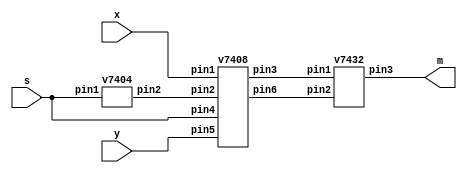
`timescale 1ns / 1ns

module mux2to1 (x, y, s, m);
input x;
input y;
input s;
output m;

wire W1;
wire W2;
wire W3;

v7408 U1 (
.pin1(x),
.pin2(W3),
.pin3(W1),
.pin4(s),
.pin5(y),
.pin6(W2)
);

v7432 U2 (
.pin1(W1),
.pin2(W2),
.pin3(m)
);

v7404 U3 (
.pin1(s),
.pin2(W3)
);

endmodule

module v7408 (pin1, pin3, pin5, pin9, pin11, pin13, pin2, pin4, pin6, pin8, pin10, pin12);
input pin1, pin2, pin4, pin5, pin9, pin10, pin12, pin13;
output pin3, pin6, pin8, pin11;

assign pin3 = pin1 & pin2;
assign pin6 = pin4 & pin5;
assign pin8 = pin9 & pin10;
assign pin11 = pin12 & pin13;

endmodule

module v7432 (pin1, pin3, pin5, pin9, pin11, pin13, pin2, pin4, pin6, pin8, pin10, pin12);
input pin1, pin2, pin4, pin5, pin9, pin10, pin12, pin13;
output pin3, pin6, pin8, pin11;

assign pin3 = pin1 | pin2;
assign pin6 = pin4 | pin5;
assign pin8 = pin9 | pin10;
assign pin11 = pin12 | pin13;

endmodule

module v7404 (pin1, pin3, pin5, pin9, pin11, pin13, pin2, pin4, pin6, pin8, pin10, pin12);
input pin1, pin3, pin5, pin9, pin11, pin13;
output pin2, pin4, pin6, pin8, pin10, pin12;

assign pin2 = !pin1;
assign pin4 = !pin3;
assign pin6 = !pin5;
assign pin8 = !pin9;
assign pin10 = !pin11;
assign pin12 = !pin13;

endmodule